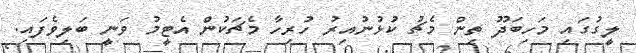
ލީގުގައި މަހިބަދޫ ތިން މެޗު ކުޅުނުއިރު ހުރިހާ މެޗަކުން އެޓީމު ވަނީ ބަލިވެފައި.